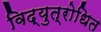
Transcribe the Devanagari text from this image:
विद्युत्रोधित